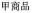
甲商品